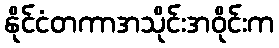
နိုင်ငံတကာအသိုင်းအဝိုင်းက